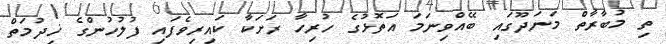
ތި މުބާރާތް މަނަދޫގައި ބޭއްވިނަމަ އަތޮޅުގެ ހުރިހާ ރަށަކާ ކައިރިވެފައި ފުލުހުންގެ ޚިދުމަތް